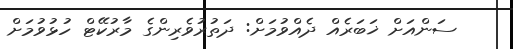
ސަންއަށް ޚަބަރެއް ދެއްވުމަށް: ދަތުރުވެރިންގެ މާރުކޭޓް ހުޅުވުމަށް